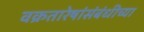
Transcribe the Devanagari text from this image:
वक्रतारेषांसंबंधीच्या